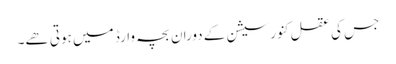
جس کی عقل کنورسیشن کے دوران بچہ وارڈ میں ہوتی ھے۔